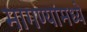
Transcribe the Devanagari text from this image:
मागण्यांमध्ये